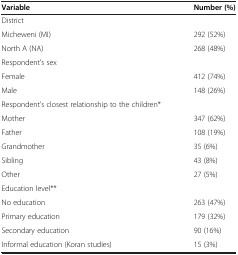
| Variable | Number (%) |
 | --- | --- |
 | District |  |
 | Micheweni (MI) | 292 (52%) |
 | North A (NA) | 268 (48%) |
 | Respondent's sex |  |
 | Female | 412 (74%) |
 | Male | 148 (26%) |
 | Respondent's closest relationship to the children* |  |
 | Mother | 347 (62%) |
 | Father | 108 (19%) |
 | Grandmother | 35 (6%) |
 | Sibling | 43 (8%) |
 | Other | 27 (5%) |
 | Education level** |  |
 | No education | 263 (47%) |
 | Primary education | 179 (32%) |
 | Secondary education | 90 (16%) |
 | Informal education (Koran studies) | 15 (3%) |